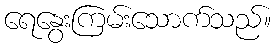
ရေနွေးကြမ်းသောက်သည်။